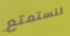
لنستمتع